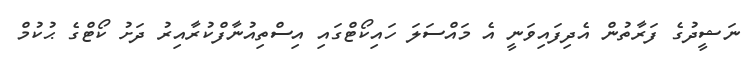
ނަޝީދުގެ ފަރާތުން އެދިފައިވަނީ އެ މައްސަލަ ހައިކޯޓްގައި އިސްތިއުނާފްކުރާއިރު ދަށު ކޯޓްގެ ޙުކުމް